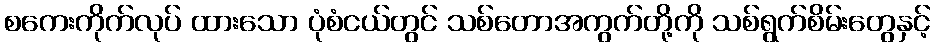
စကေးကိုက်လုပ် ထားသော ပုံစံငယ်တွင် သစ်တောအကွက်တို့ကို သစ်ရွက်စိမ်းတွေနှင့်